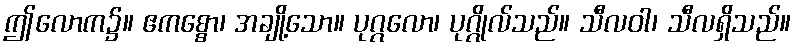
ဤလောက၌။ ဧကစ္စော၊ အချို့သော။ ပုဂ္ဂလော၊ ပုဂ္ဂိုလ်သည်။ သီလဝါ၊ သီလရှိသည်။